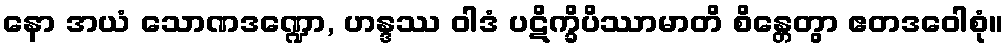
နော အယံ သောဏဒဏ္ဍော, ဟန္ဒဿ ဝါဒံ ပဋိက္ခိပိဿာမာတိ စိန္တေတွာ ဧတဒဝေါစုံ။